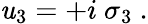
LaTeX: \mathit{u}_{3}=+i\ \sigma_{3}~.